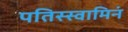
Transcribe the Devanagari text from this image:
पतिस्स्वामिनं